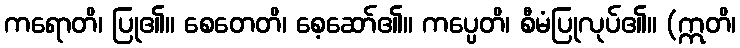
ကရောတိ၊ ပြု၏။ စေတေတိ၊ စေ့ဆော်၏။ ကပ္ပေတိ၊ စီမံပြုလုပ်၏။ (ဣတိ၊